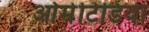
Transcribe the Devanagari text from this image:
ओमेटिडिया